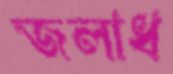
জলাধ